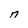
Character: n